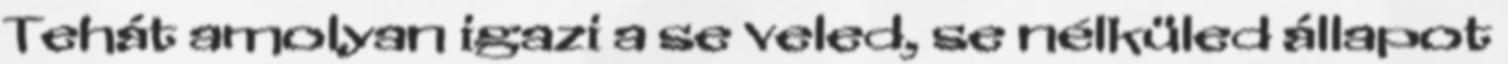
Tehát amolyan igazi a se veled, se nélküled állapot